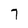
Character: 7